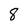
Character: 8